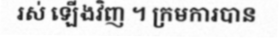
រស់ ឡើងវិញ ។ ក្រមការបាន